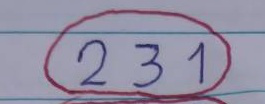
(231)